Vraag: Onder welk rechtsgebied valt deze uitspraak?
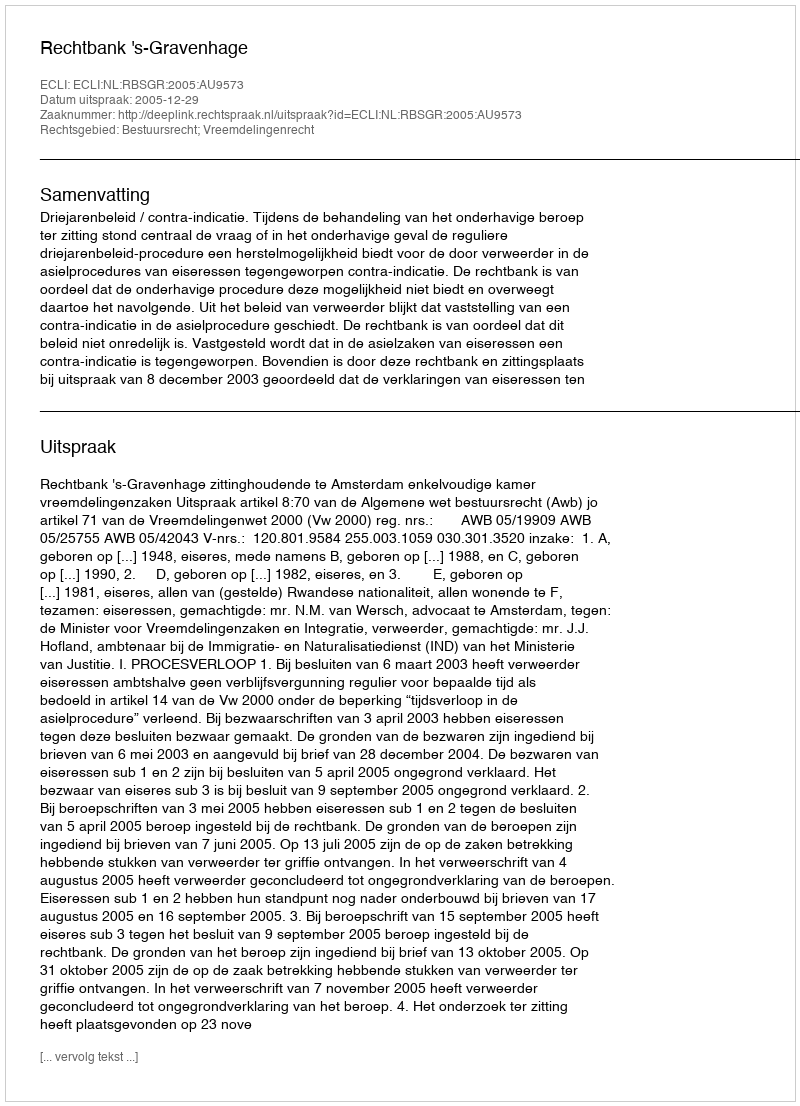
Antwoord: Bestuursrecht; Vreemdelingenrecht